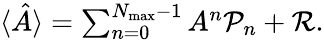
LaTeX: \begin{array}{r}{\langle\hat{A}\rangle=\sum_{n=0}^{N_{\mathrm{max}}-1}A^{n}\mathcal{P}_{n}+\mathcal{R}.}\end{array}